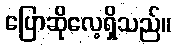
ပြောဆိုလေ့ရှိသည်။